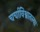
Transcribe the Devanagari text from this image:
चर्चाविश्वातल्या